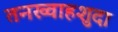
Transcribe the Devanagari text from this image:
तनख्वाहशुदा